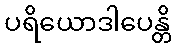
ပရိယောဒါပေန္တိ